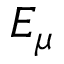
E _ { \mu }